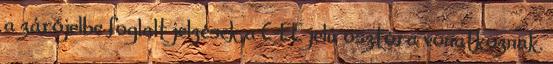
a zárójelbe foglalt jelzések a C-EE jelû osztóra vonatkoznak.